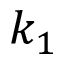
k _ { 1 }